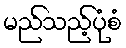
မည်သည့်ပုံစံ